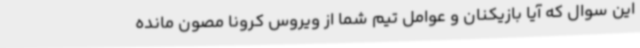
این سوال که آیا بازیکنان و عوامل تیم شما از ویروس کرونا مصون مانده